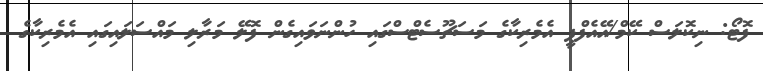
ފޮޓޯ: ނިކޮލަސް ކޭމް/އޭއެފްޕީ އެމެރިކާގެ މަސަޗޫސެޓްސްގައި ހުންނަވައިގެން ފޮލޭ މަރާލި މައްސަލައިގައި އެމެރިކާގެ